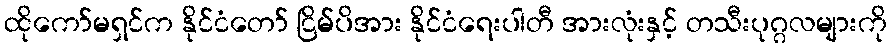
ထိုကော်မရှင်က နိုင်ငံတော် ငြိမ်ပိအား နိုင်ငံရေးပါတီ အားလုံးနှင့် တသီးပုဂ္ဂလများကို